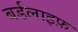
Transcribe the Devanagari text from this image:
बर्डलाइफ़